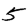
Digit: 5